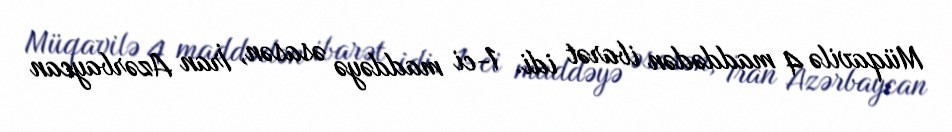
Müqavilə 4 maddədən ibarət idi. 1-ci maddəyə əsasən, İran Azərbaycan